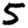
Digit: 5